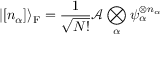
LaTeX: | [ n _ { \alpha } ] \rangle _ { \mathrm { { F } } } = { \frac { 1 } { \sqrt { N ! } } } { \mathcal { A } } \bigotimes _ { \alpha } \psi _ { \alpha } ^ { \otimes n _ { \alpha } }